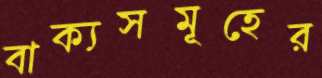
বাক্যসমূহের